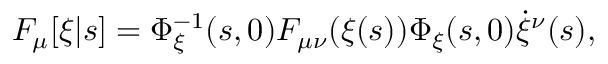
F _ { \mu } [ \xi | s ] = \Phi _ { \xi } ^ { - 1 } ( s , 0 ) F _ { \mu \nu } ( \xi ( s ) ) \Phi _ { \xi } ( s , 0 ) \dot { \xi } ^ { \nu } ( s ) ,